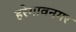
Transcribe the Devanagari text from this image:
हरेगावनगर